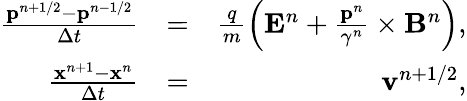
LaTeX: \begin{array}{rlr}{\frac{\mathbf{p}^{n+1/2}-\mathbf{p}^{n-1/2}}{\Delta t}}&{=}&{\frac{q}{m}\left(\mathbf{E}^{n}+\frac{\mathbf{p}^{n}}{\gamma^{n}}\times\mathbf{B}^{n}\right),}\\ {\frac{\mathbf{x}^{n+1}-\mathbf{x}^{n}}{\Delta t}}&{=}&{\mathbf{v}^{n+1/2},}\end{array}